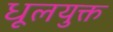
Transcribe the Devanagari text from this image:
धूलयुक्त